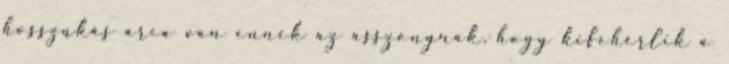
hosszúkás arca van ennek az asszonynak, hogy kifehérlik a